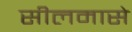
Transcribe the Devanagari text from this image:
सीलमासे